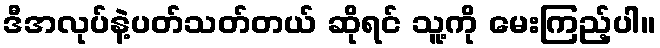
ဒီအလုပ်နဲ့ပတ်သတ်တယ် ဆိုရင် သူ့ကို မေးကြည့်ပါ။